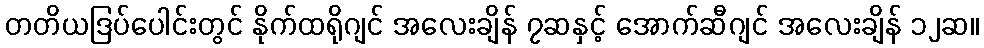
တတိယဒြပ်ပေါင်းတွင် နိုက်ထရိုဂျင် အလေးချိန် ၇ဆနှင့် အောက်ဆီဂျင် အလေးချိန် ၁၂ဆ။